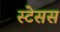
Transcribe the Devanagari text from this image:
स्टेसस